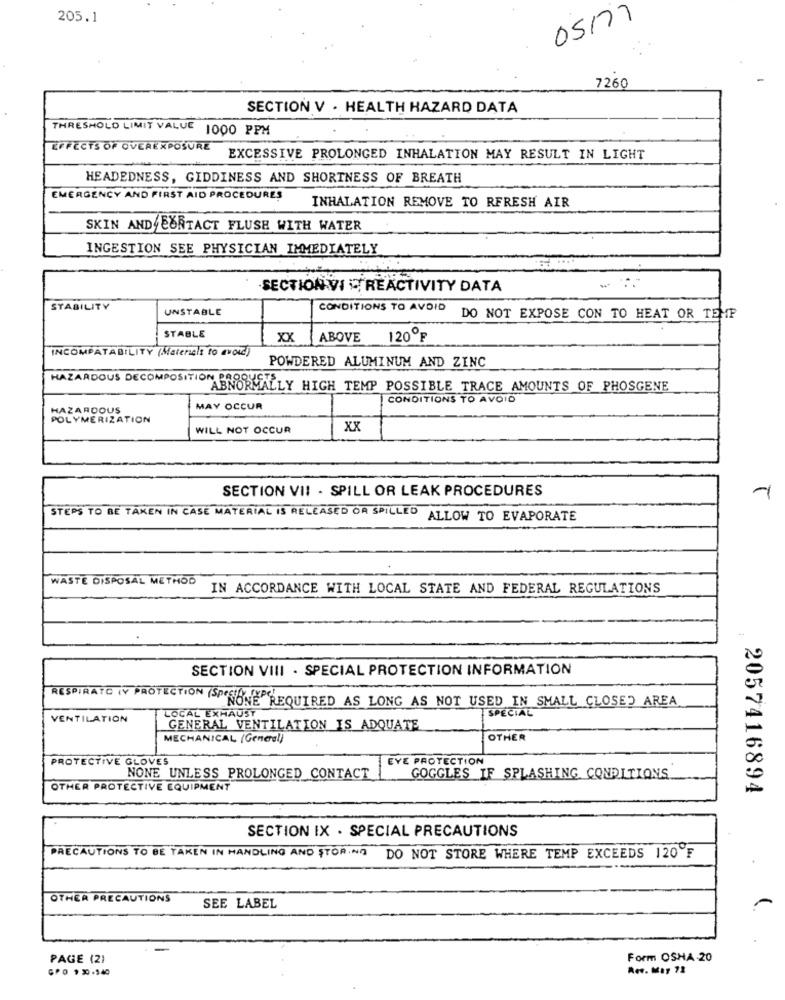
205.1
05/77
7260
SECTION V . HEALTH HAZARD DATA
THRESHOLD LIMIT VALUE 1000 PPM
EFFECTS OF OVEREXPOSURE
EXCESSIVE PROLONGED INHALATION MAY RESULT IN LIGHT
HEADEDNESS, GIDDINESS AND SHORTNESS OF BREATH
EMERGENCY AND FIRST AID PROCEDURES
INHALATION REMOVE TO RFRESH AIR
SKIN AND BORTACT FLUSH WITH WATER
INGESTION SEE PHYSICIAN IMMEDIATELY
SECTION VI REACTIVITY DATA
STABILITY
UNSTABLE
CONDITIONS TO AVOID
DO NOT EXPOSE CON TO HEAT OR TEMP
STABLE
XX
ABOVE
120ºF
INCOMPATABILITY (Materielt to avoid)
POWDERED ALUMINUM AND ZINC
HAZARDOUS DECOMPOSITION PROREALLY HIGH TEMP POSSIBLE TRACE AMOUNTS OF PHOSGENE
CONDITIONS TO AVOID
HAZARDOUS
MAY OCCUR
POLYMERIZATION
WILL NOT OCCUR
XX
SECTION VII - SPILL OR LEAK PROCEDURES
1
STEPS TO BE TAKEN IN CASE MATERIAL IS RELEASED OR SPILLED ALLOW TO EVAPORATE
WASTE DISPOSAL METHOD
IN ACCORDANCE WITH LOCAL STATE AND FEDERAL REGULATIONS
SECTION VIII - SPECIAL PROTECTION INFORMATION
RESPIRATO IN PROTECTION (SPECIAL TYPC
"NONE REQUIRED AS LONG AS NOT USED IN SMALL CLOSED AREA
SPECIAL
VENTILATION
LOCAL EXHAUST
GENERAL VENTILATION IS ADQUATE
MECHANICAL (General)
OTHER
PROTECTIVE GLOVES
EYE PROTECTION
NONE UNLESS PROLONGED CONTACT
GOGGLES IF SPLASHING CONDITIONS
OTHER PROTECTIVE EQUIPMENT
2057416894
SECTION IX . SPECIAL PRECAUTIONS
PRECAUTIONS TO BE TAKEN IN HANDLING AND STORING DO NOT STORE WHERE TEMP EXCEEDS 120 F
OTHER PRECAUTIONS
SEE LABEL
PAGE (2)
Form OSHA 20